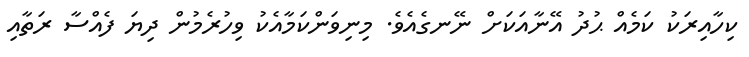
ކިހާއިރަކު ކަމެއް ޙުދު އޭނާއަކަށް ނޭނގެއެވެ. މިނިވަންކަމާއެކު ވިހުރެމުން ދިޔަ ފެއްސާ ރަތާއި